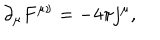
\partial _ { \mu } F ^ { \mu \nu } = - 4 \pi j ^ { \mu } ,